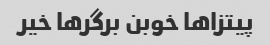
پیتزاها خوبن برگرها خیر